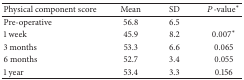
| Physical component score | Mean | SD | P-value* |
 | --- | --- | --- | --- |
 | Pre-operative | 56.8 | 6.5 |  |
 | 1 week | 45.9 | 8.2 | 0.007* |
 | 3 months | 53.3 | 6.6 | 0.065 |
 | 6 months | 52.7 | 3.4 | 0.055 |
 | 1 year | 53.4 | 3.3 | 0.156 |